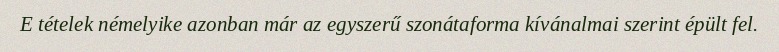
E tételek némelyike azonban már az egyszerű szonátaforma kívánalmai szerint épült fel.